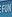
fun